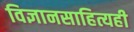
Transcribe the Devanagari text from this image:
विज्ञानसाहित्यही